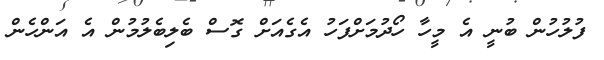
ފުލުހުން ބުނީ އެ މީހާ ހޯދުމަށްފަހު އެެގެއަށް ގޮސް ބެލިބެލުމުން އެ އަންހެން